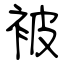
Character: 被